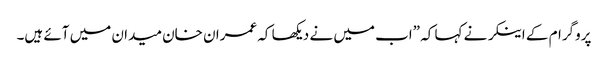
پروگرام کے اینکر نے کہا کہ ”اب میں نے دیکھا کہ عمران خان میدان میں آئے ہیں۔